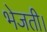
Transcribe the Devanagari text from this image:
भेजती।